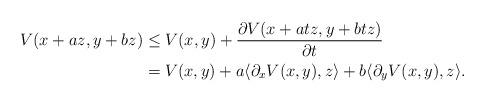
LaTeX: \begin{align*} V(x+az,y+bz)&\leq V(x,y) + \frac{\partial V(x+atz,y+btz)}{\partial t}\\ &= V(x,y)+a\langle \partial_x V(x,y), z\rangle+b\langle \partial_y V(x,y), z\rangle. \end{align*}